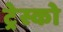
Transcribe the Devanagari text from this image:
ट्रेस्को